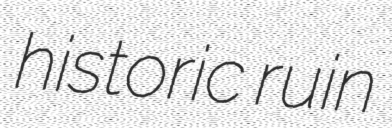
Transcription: historic ruin